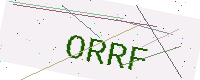
Text: ORRF